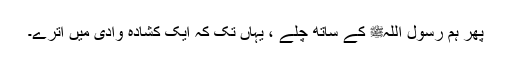
پھر ہم رسول اللہﷺ کے ساتھ چلے ، یہاں تک کہ ایک کشادہ وادی میں اترے۔